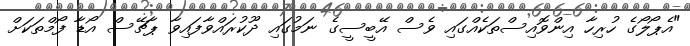
"އެޕޯލޯގެ ހުރިހާ އިންވޮއިސްތަކެއްގައި ވެސް އޭބީސީގެ ނަމުގައި ދޫކުރައްވާފައިވާ ޕާޗޭސް އޯޑާ ފޯމްތަކަށް